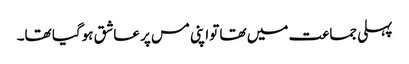
پہلی جماعت میں تھا تواپنی مس پر عاشق ہوگیا تھا۔